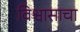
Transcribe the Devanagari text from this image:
विश्वासाचा